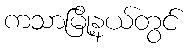
ကသာမြို့နယ်တွင်